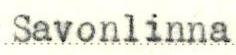
Savonlinna